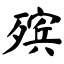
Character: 殡